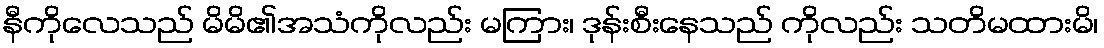
နီကိုလေသည် မိမိ၏အသံကိုလည်း မကြား၊ ဒုန်းစီးနေသည် ကိုလည်း သတိမထားမိ၊